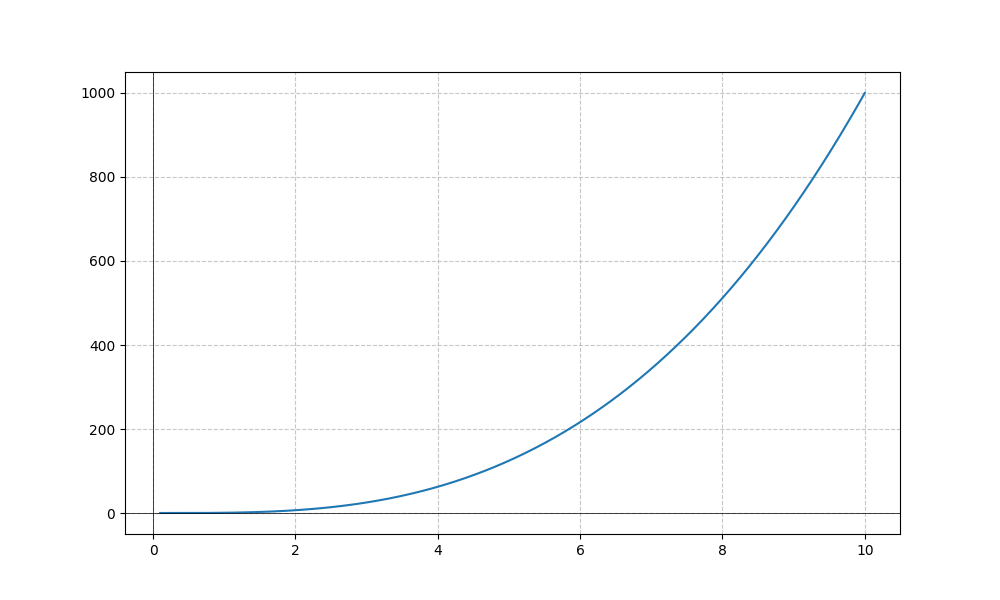
LaTeX formula: x^{3} + \cos{\left(x \right)}